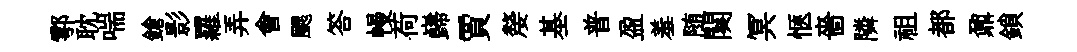
鄠耽喘鎗影羅弄會颸答幔荷巋賈嫠基普盈羞随闋冥愜嗇隣祖都鼐鎖